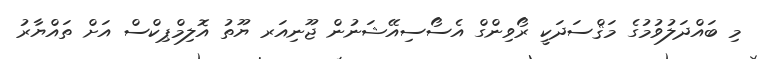
މި ބައްދަލުވުމުގެ މަޤްސަދަކީ ރޯވިންގް އެސޯސިއޭޝަނުން ޖޫނިއަރ ޔޫތު އޮލިމްޕިކްސް އަށް ތައްޔާރު